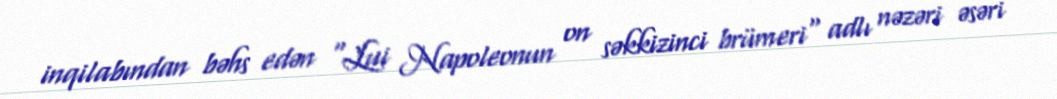
inqilabından bəhs edən "Lui Napoleonun on səkkizinci brümeri" adlı nəzəri əsəri